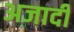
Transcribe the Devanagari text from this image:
अजादी